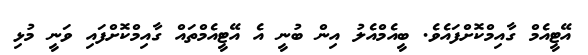
އޭޓީއެމް ގާއިމްކޮށްފައެވެ. ބީއެމްއެލު އިން ބުނީ އެ އޭޓީއެމްތައް ގާއިމްކޮށްފައި ވަނީ މުޅި